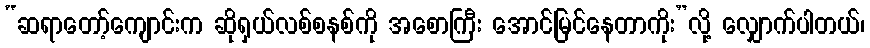
“ဆရာတော့်ကျောင်းက ဆိုရှယ်လစ်စနစ်ကို အစောကြီး အောင်မြင်နေတာကိုး”လို့ လျှောက်ပါတယ်၊